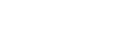
ရှက်သလိုလို